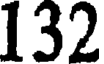
132